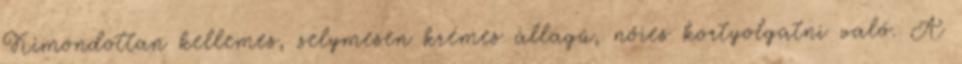
Kimondottan kellemes, selymesen krémes állagú, nőies kortyolgatni való. A